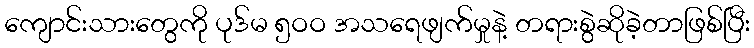
ကျောင်းသားတွေကို ပုဒ်မ ၅ဝဝ အသရေဖျက်မှုနဲ့ တရားစွဲဆိုခဲ့တာဖြစ်ပြီး